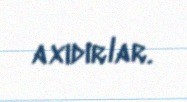
axıdırlar.